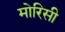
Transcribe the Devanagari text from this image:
मोरिसी